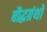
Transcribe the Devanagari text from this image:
बौद्धग्रंथों